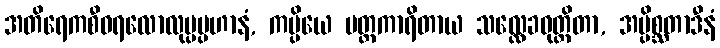
အတိရေကစီဝရလောလုပ္ပပ္ပဟာနံ, ကပ္ပိယေ မတ္တကာရိတာယ သလ္လေခဝုတ္တိတာ, အပ္ပိစ္ဆတာဒီနံ